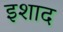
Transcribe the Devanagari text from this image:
इशाद